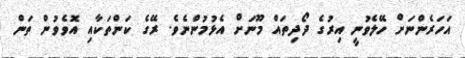
އަހަރެންނަށް ހޭލެވުނީ އިރުގެ ދޯދިތައް މޫނަށް އެޅުމުންނެވެ. ރޭގެ ކަންތަކާއި އޮވެވުން ތަން